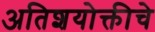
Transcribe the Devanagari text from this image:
अतिशयोक्तीचे